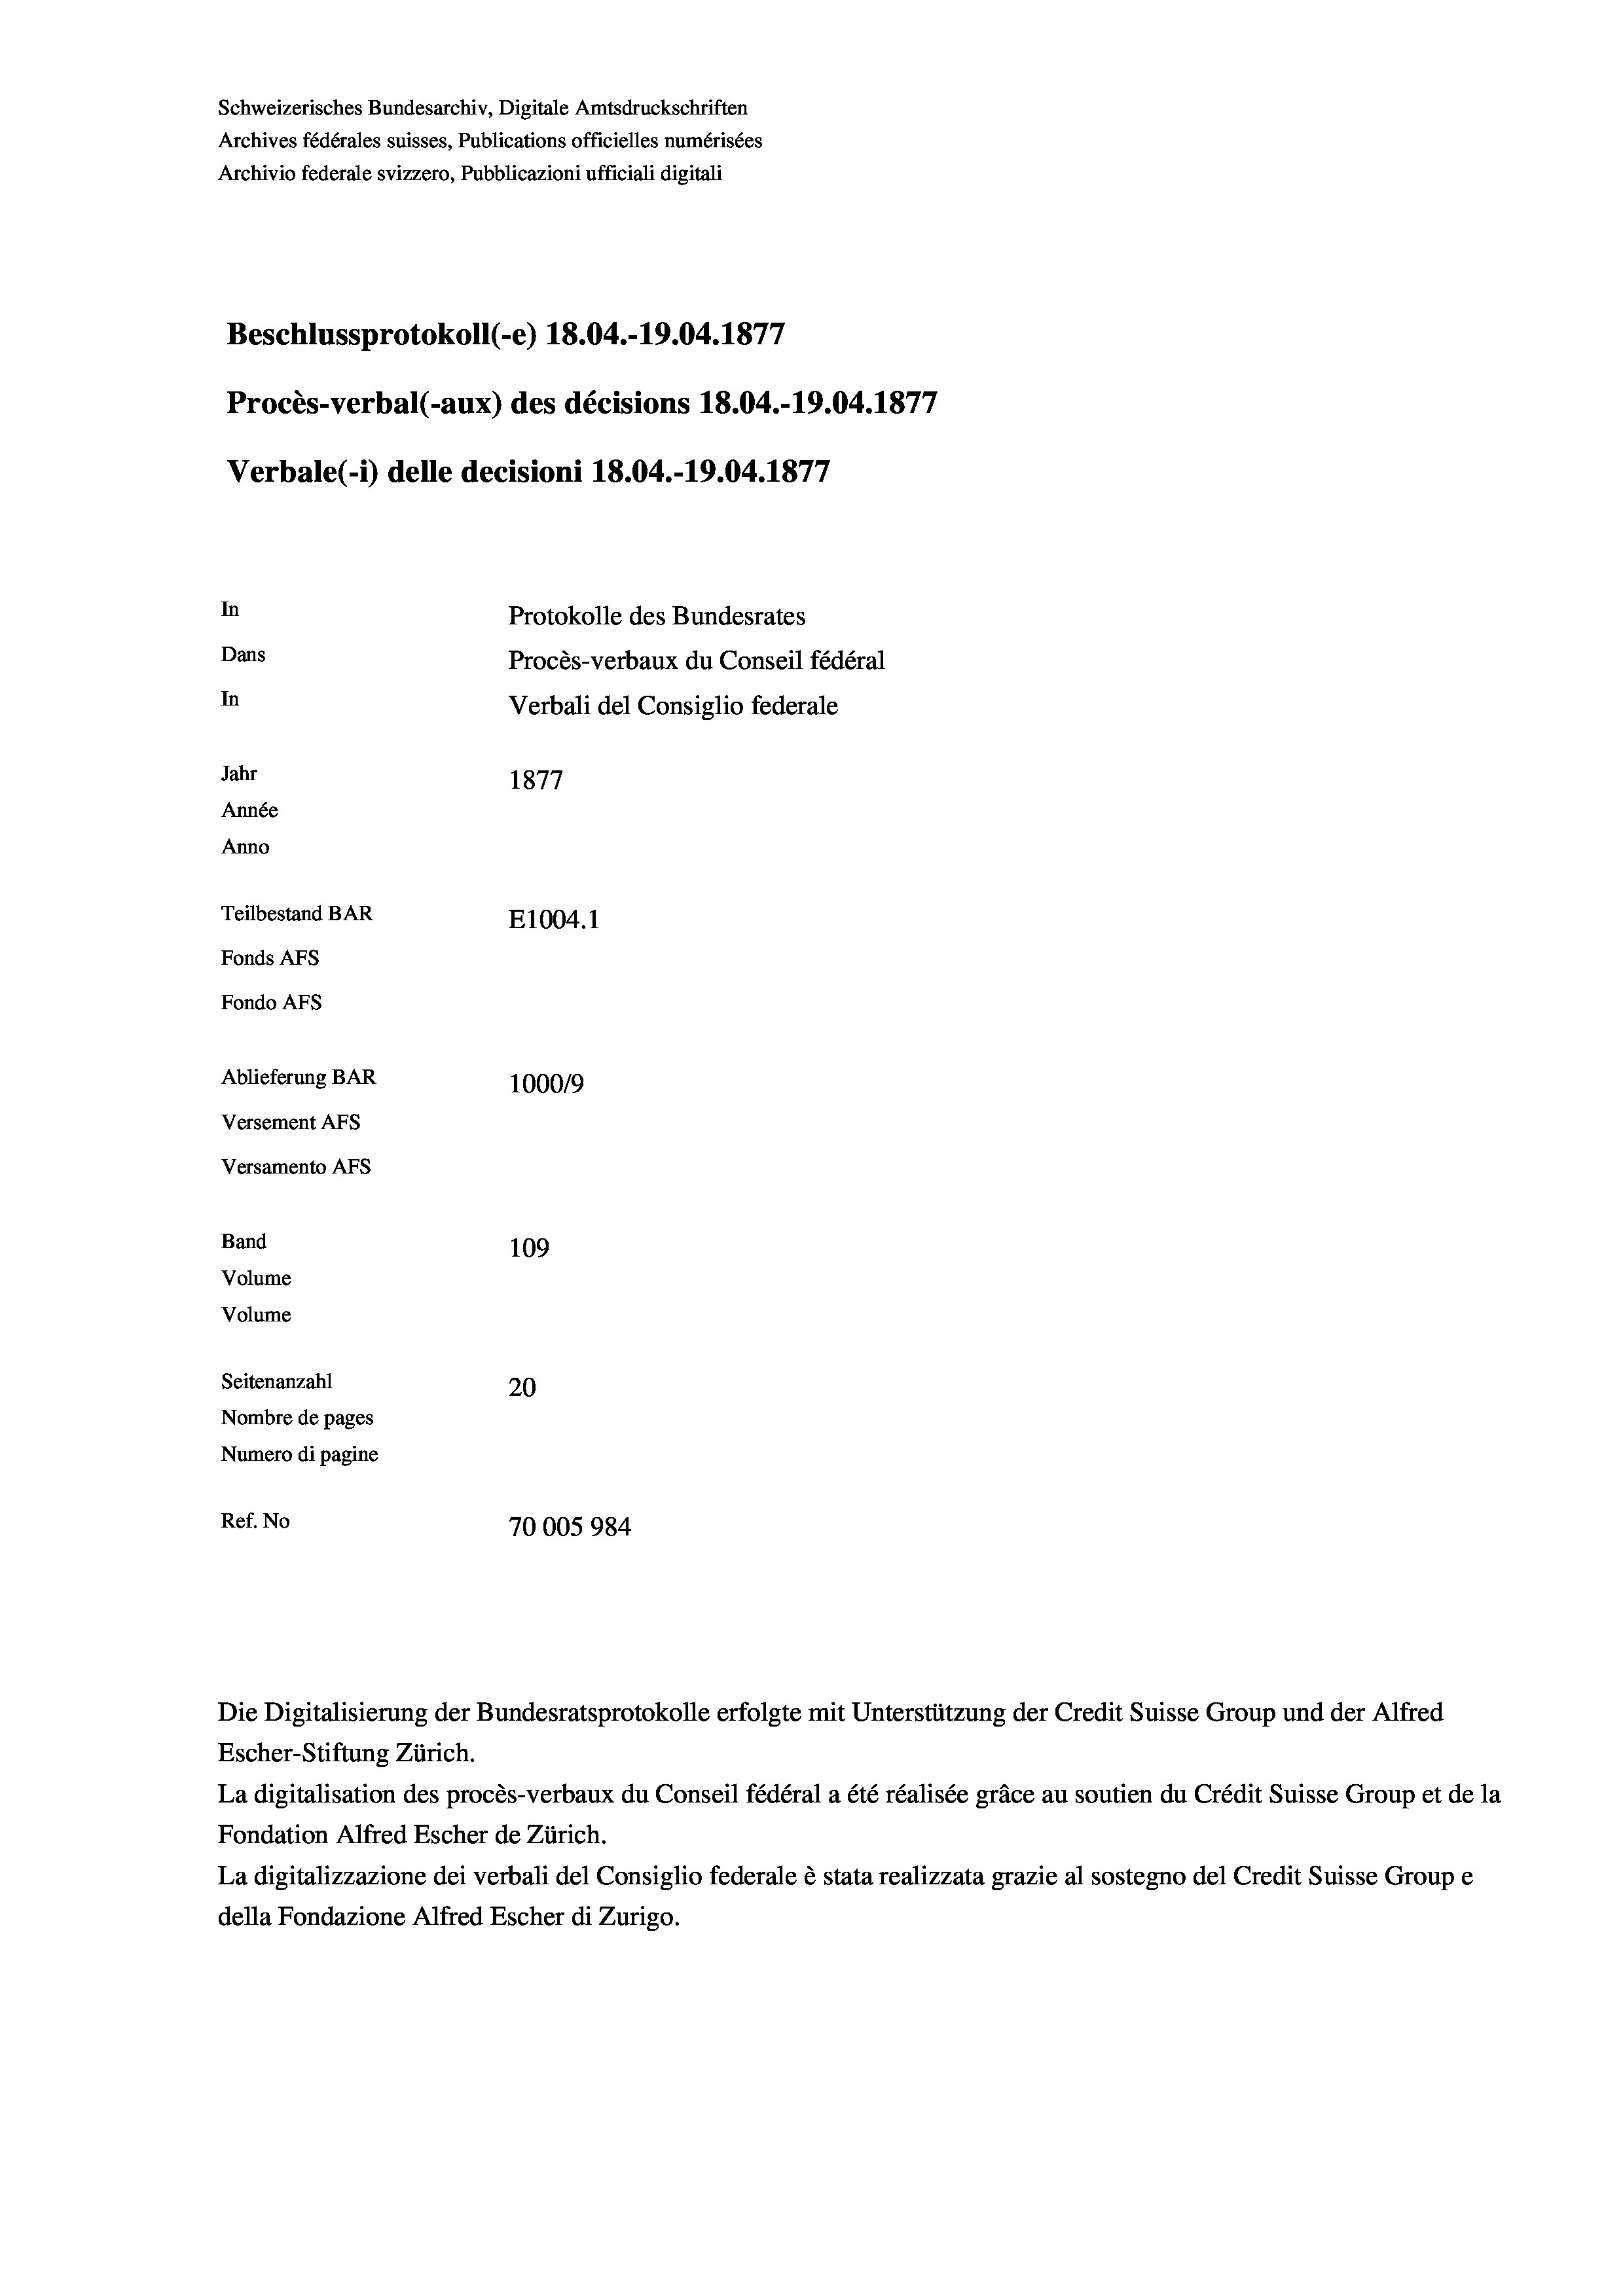
Schweizerisches Bundesarchiv, Digitale Amtsdruckschriften
Archives fédérales suisses, Publications officielles numérisées
Archivio federale svizzero, Pubblicazioni ufficiali digitali
Beschlussprotokoll (-e) 18.04.-19.04. 1877
Procès-verbal (-aux) des décisions 18.04.-19.04. 1877
Verbale (1) delle decisioni 18.04.-19.04. 1877
In
Protokolle des Bundesrates
Dans
Procès-verbaux du Conseil fédéral
In
Verbali del Consiglio federale
Jahr
1877
Année
Anno
Teilbestand BAR
E1004. 1
Fonds Afs
Fondo Afs
Ablieferung BAR
100019
Versement AFs
Versamento Afs
Band
109
Volume
Volume
Seitenanzahl
20
Nombre de pages
Numero di pagine
Ref. No
70005 984

Die Digitalisierung der Bundesratsprotokolle erfolgte mit Unterstützung der Credit Suisse Group und der Alfred

Escher-Stiftung Zürich.
La digitalisation des procès-verbaux du Conseil fédéral a été réalisée gräce au soutien du Crédit Suisse Group et de la
Fondation Alfred Escher de Zürich.
La digitalizzazione dei verbali del Consiglio federale è stata realizzata grazie al sostegno del Credit Suisse Groupe
della Fondazione Alfred Escher di Zurigo.